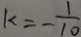
k = - \frac { 1 } { 1 0 }